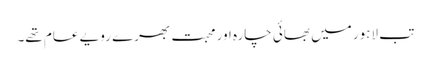
تب لاہور میں بھائی چارہ اور محبت بھرے رویے عام تھے۔